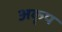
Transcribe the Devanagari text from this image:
अकृप